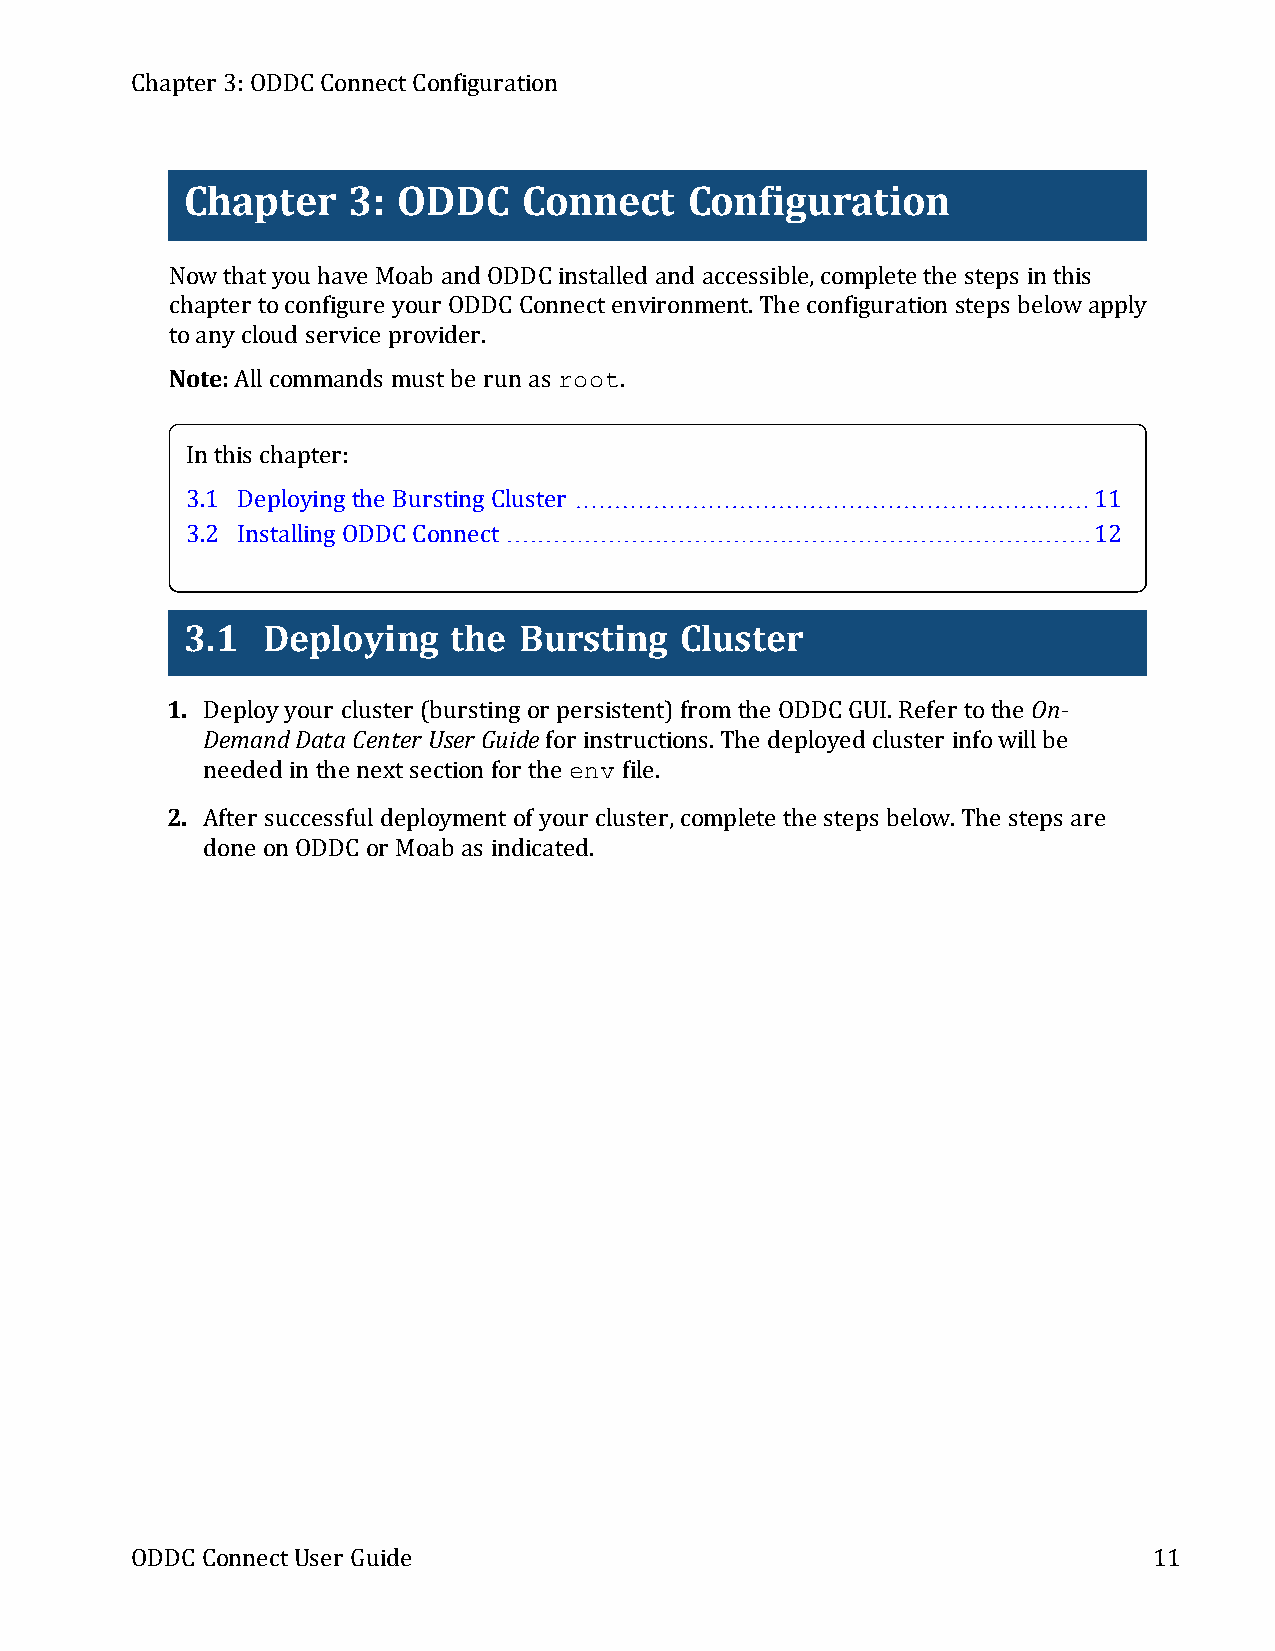
Chapter 3:ODDC ConnectConfiguration
 Chapter    3: ODDC     Connect    Configuration
 Nowthatyou have Moab and ODDC installed and accessible,complete the steps in this
 chapter toconfigure your ODDC Connectenvironment.The configuration steps belowapply
 toanycloud service provider.
 Note:Allcommands mustbe run as root.
 In this chapter:
 3.1 Deploying the Bursting Cluster                          11
 3.2 Installing ODDC Connect                                 12
 3.1  Deploying    the Bursting   Cluster
 1. Deployyour cluster (bursting or persistent)fromthe ODDC GUI.Refer tothe On-
 DemandDataCenter User Guidefor instructions.The deployed cluster infowillbe
 needed in the nextsection for the env file.
 2. After successfuldeploymentof your cluster,complete the steps below.The steps are
 done on ODDC or Moab as indicated.
 ODDC ConnectUser Guide                                             11